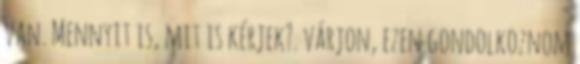
van. Mennyit is, mit is kérjek?. várjon, ezen gondolkoznom